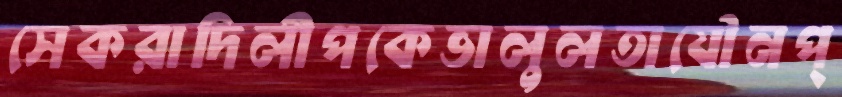
সেকরাদিলীপকেভালুলতাযৌনপ্